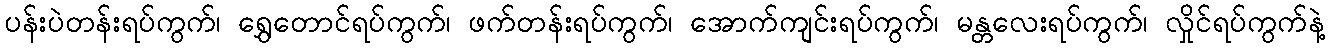
ပန်းပဲတန်းရပ်ကွက်၊ ရွှေတောင်ရပ်ကွက်၊ ဖက်တန်းရပ်ကွက်၊ အောက်ကျင်းရပ်ကွက်၊ မန္တလေးရပ်ကွက်၊ လှိုင်ရပ်ကွက်နဲ့